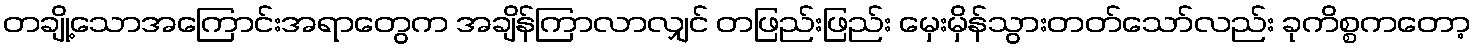
တချို့သောအကြောင်းအရာတွေက အချိန်ကြာလာလျှင် တဖြည်းဖြည်း မှေးမှိန်သွားတတ်သော်လည်း ခုကိစ္စကတော့